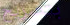
بتصريح